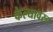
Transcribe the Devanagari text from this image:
केल्यावरच